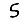
Digit: 5